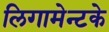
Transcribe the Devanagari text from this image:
लिगामेन्टके